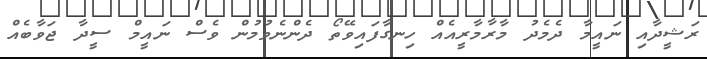
ރަޝީދާއި ނައީމާ ދެމެދު މާރާމާރީއެއް ހިނގާފައިވޭތޯ ދެންނެވުމުން ވެސް ނައީމް ސީދާ ޖަވާބެއް